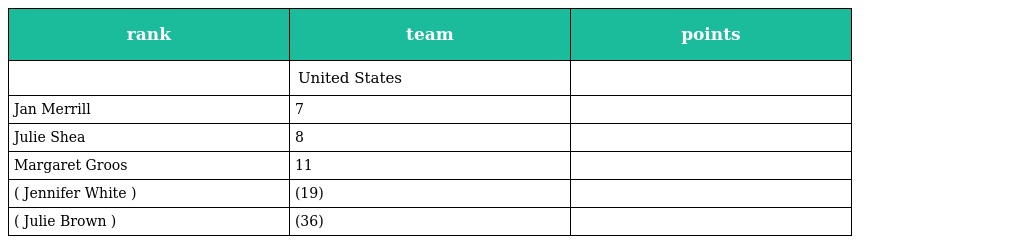
| rank | team | points |
 | --- | --- | --- |
 |  | United States |  |
 | Jan Merrill | 7 |  |
 | Julie Shea | 8 |  |
 | Margaret Groos | 11 |  |
 | ( Jennifer White ) | (19) |  |
 | ( Julie Brown ) | (36) |  |